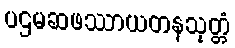
ပဌမဆဖဿာယတနသုတ္တံ